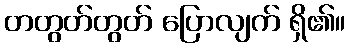
တတွတ်တွတ် ပြောလျက် ရှိ၏။